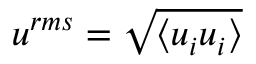
u ^ { r m s } = \sqrt { \left\langle u _ { i } u _ { i } \right\rangle }